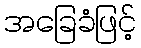
အခြေခံဖြင့်